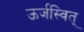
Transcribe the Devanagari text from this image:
ऊर्जस्वित्